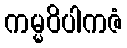
ကမ္မဝိပါကဇံ